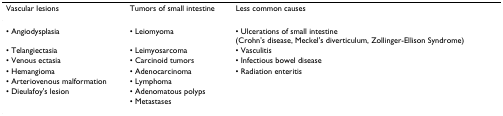
| Vascular lesions | Tumors of small intestine | Less common causes |
 | --- | --- | --- |
 | • Angiodysplasia | • Leiomyoma | • Ulcerations of small intestine(Crohn's disease, Meckel's diverticulum, Zollinger-Ellison Syndrome) |
 | • Telangiectasia | • Leimyosarcoma | • Vasculitis |
 | • Venous ectasia | • Carcinoid tumors | • Infectious bowel disease |
 | • Hemangioma | • Adenocarcinoma | • Radiation enteritis |
 | • Arteriovenous malformation | • Lymphoma |  |
 | • Dieulafoy's lesion | • Adenomatous polyps |  |
 |  | • Metastases |  |